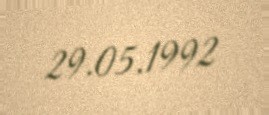
29.05.1992